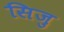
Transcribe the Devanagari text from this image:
सिजु